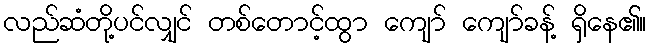
လည်ဆံတို့ပင်လျှင် တစ်တောင့်ထွာ ကျော် ကျော်ခန့် ရှိနေ၏။